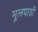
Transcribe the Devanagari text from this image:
मूलपाठों